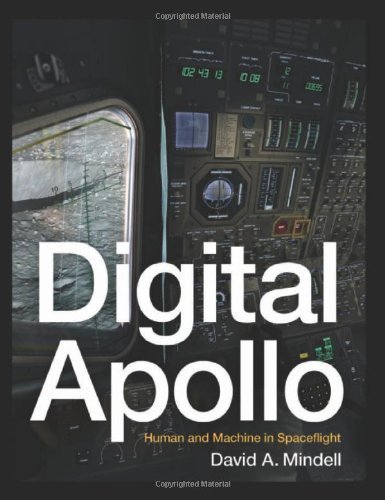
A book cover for Digital Apollo: Human and Machine in Spaceflight by David A. Mindell (April 4 2008); Computers & Technology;